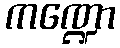
ကဏ္ဍော